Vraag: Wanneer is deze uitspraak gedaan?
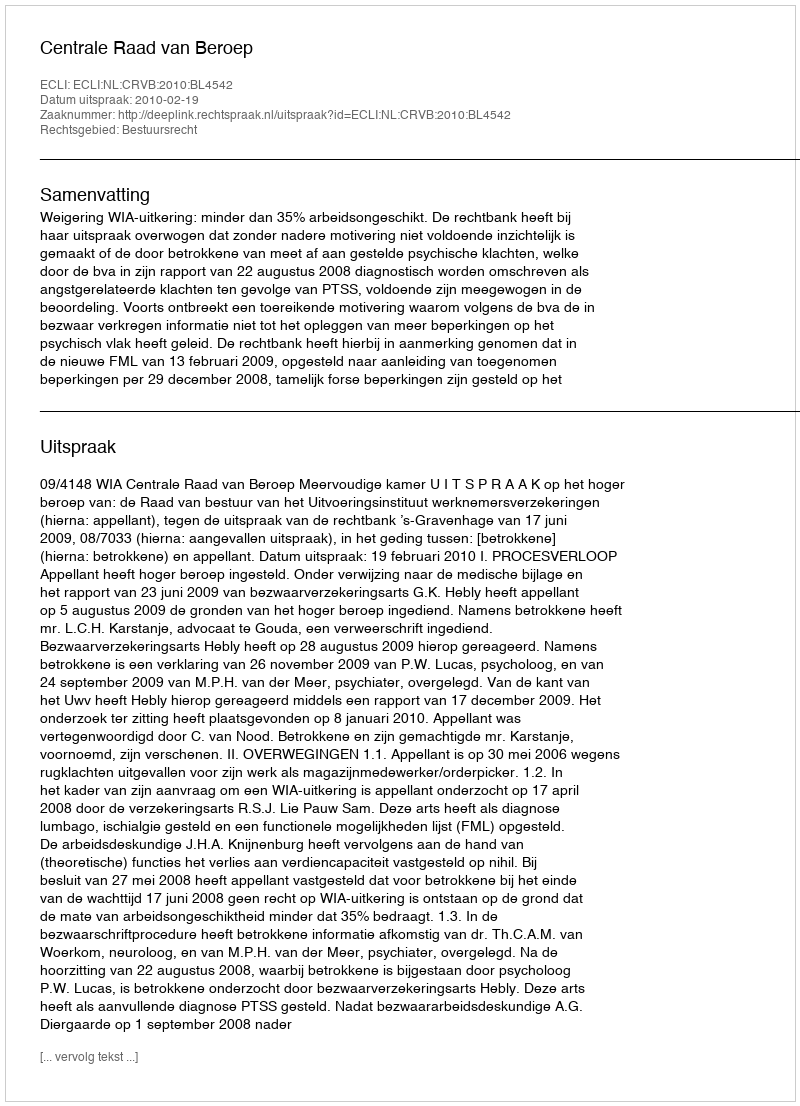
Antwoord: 2010-02-19